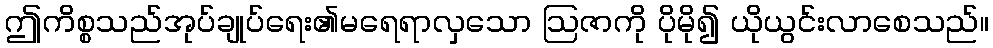
ဤကိစ္စသည်အုပ်ချုပ်ရေး၏မရေရာလှသော ဩဇာကို ပိုမို၍ ယိုယွင်းလာစေသည်။